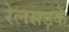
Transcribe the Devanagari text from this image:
रेलसड़कें